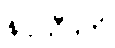
နပ္ပသီဒတိ